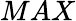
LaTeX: MAX